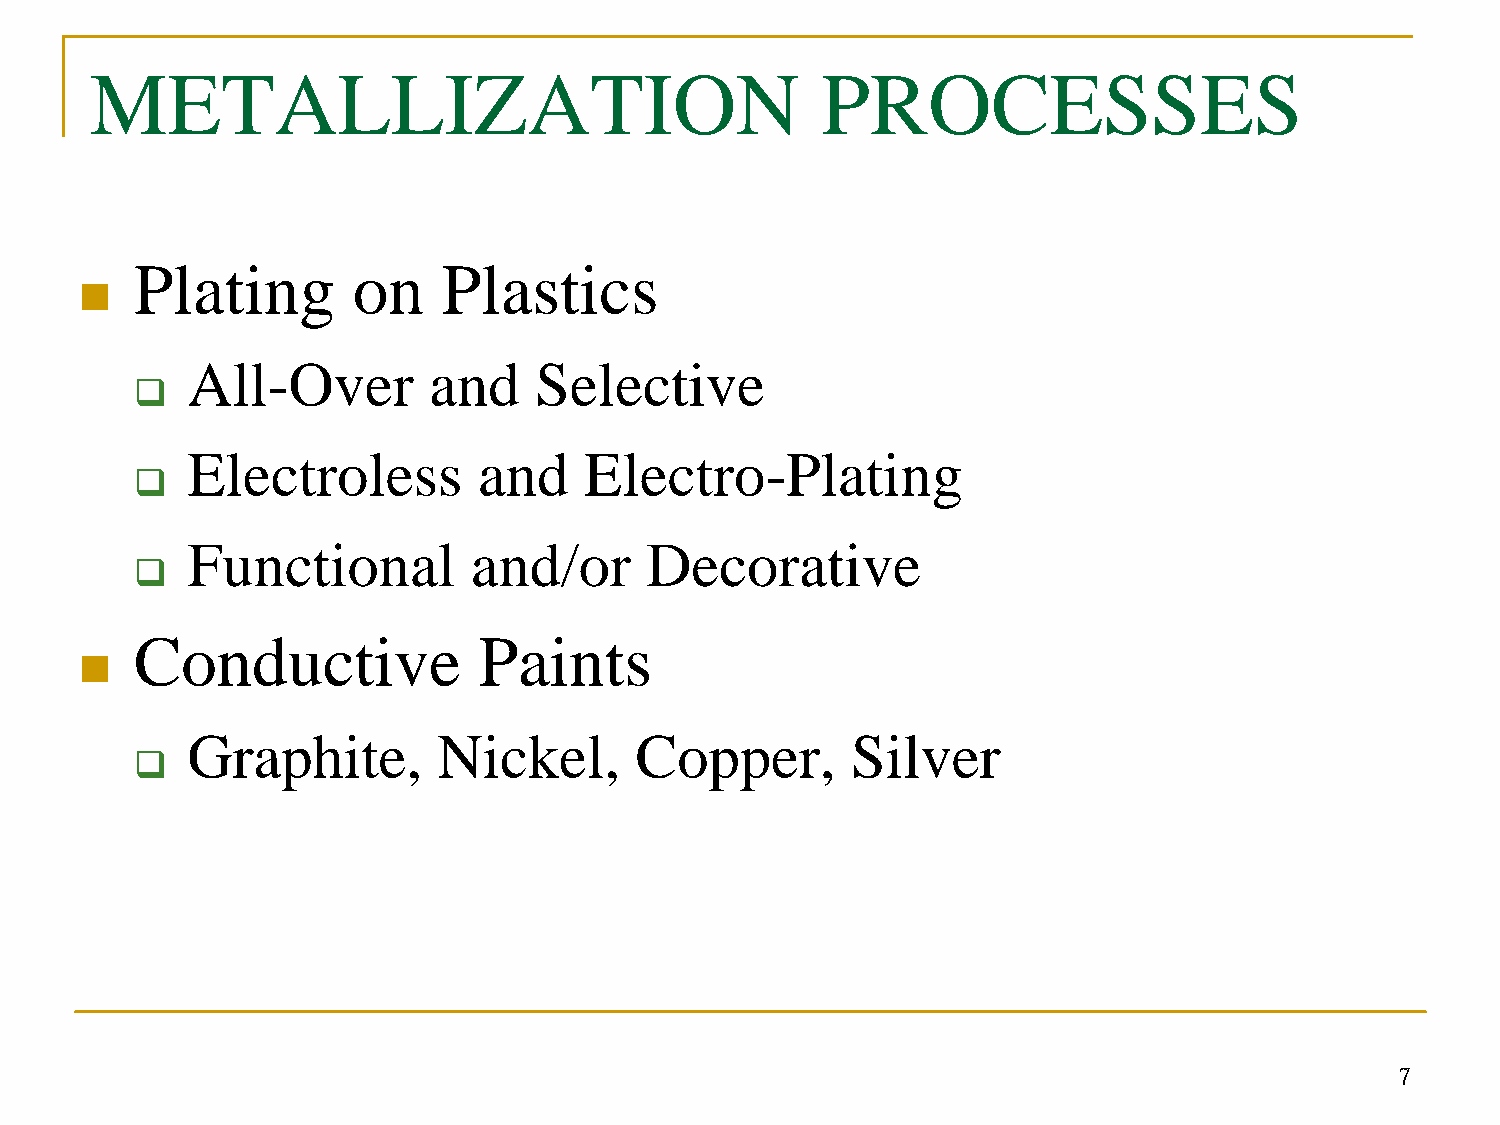
METALLIZATION                                   PROCESSES
 Plating       on    Plastics
 n
 All-Over        and    Selective
 q
 Electroless         and    Electro-Plating
 q
 Functional         and/or      Decorative
 q
 Conductive             Paints
 n
 Graphite,        Nickel,      Copper,       Silver
 q
 7